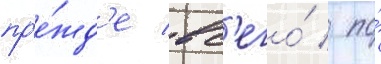
пр'е́жд'е вс'его́ / по́